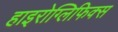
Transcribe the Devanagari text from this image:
हाइरोग्लिफिक्स